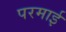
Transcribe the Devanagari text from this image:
परमाई